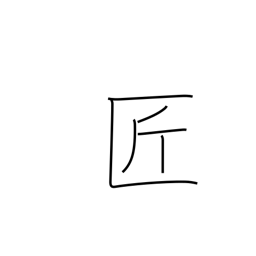
Meaning: artisan